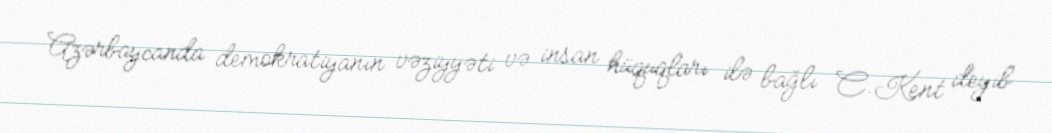
Azərbaycanda demokratiyanın vəziyyəti və insan hüquqları ilə bağlı C.Kent deyib